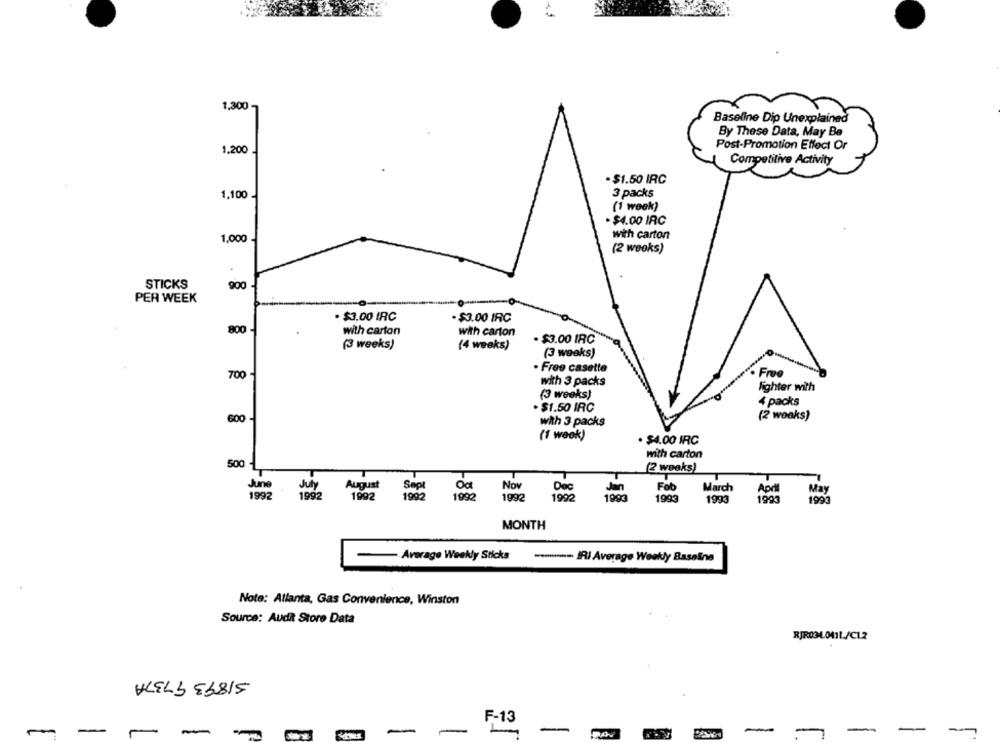
1,300
Baseline Dip Unexplained
By These Data, May Be
Post-Promotion Effect Or
1,200
Competitive Activity
- $1.50 IRC
3 packs
1,100
(1 week)
$4.00 IRC
with carton
1,000
(2 weeks)
STICKS
900
PER WEEK
. $3.00 IRC
. $3.00 IRC
800
with carton
with carton
· $3.00 IRC
(3 weeks)
(4 weeks)
(3 weeks)
. Free casette
700
· Free
with 3 packs
lighter with
(3 weeks)
$1.50 IRC
4 packs
(2 woaks)
600
with 3 packs
(1 week)
. $4.00 IRC
with carton
500
(2 weeks)
June
July
August
Sept
Oct
Nov
Dec
Fob
March
April
Hay
1992
1992
1992
1992
199
1992
1992
1000
1005
199'
1993
1993
MONTH
-Average Weekly Stlcka
-- A Average Weekly Baseline
Note: Atlanta, Gas Convenience, Winston
Source: Audit Store Data
RJRD34.011L/C12
51893 9737A
F-13
-
-
-
- -